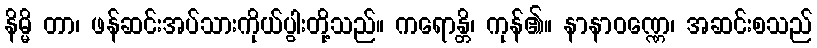
နိမ္မိ တာ၊ ဖန်ဆင်းအပ်သားကိုယ်ပွါးတို့သည်။ ကရောန္တိ၊ ကုန်၏။ နာနာဝဏ္ဏေ၊ အဆင်းစသည်